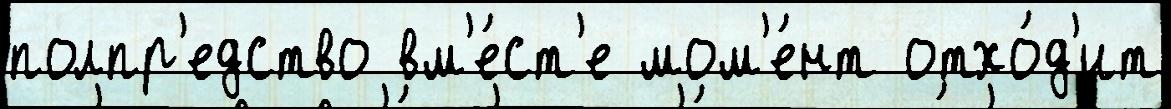
полпр'едство вм'е́ст'е мом'е́нт отхо́д'ит